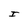
Character: I